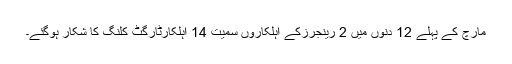
مارچ کے پہلے 12 دنوں میں 2 رینجرزکے اہلکاروں سمیت 14 اہلکارٹارگٹ کلنگ کا شکار ہوگئے۔